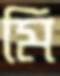
মি